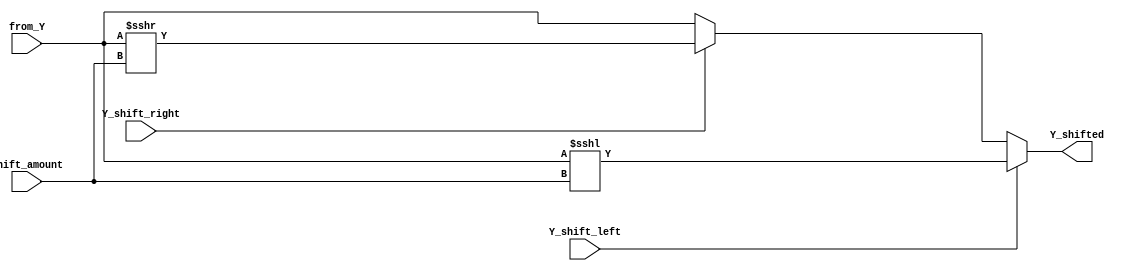
// need input and output to be signed for arithmetic right bit shift to work

module shifter (
    input signed [15:0] from_Y,
    output reg signed [15:0] Y_shifted,
    input Y_shift_left,
    input Y_shift_right,
    input [1:0] shift_amount
);

// instantiation template
/*
shifter shifter_inst0 (
    .from_Y(),
    .Y_shifted(),
    .Y_shift_left(),
    .Y_shift_right(),
    .shift_amount()
);
*/

always @( * ) begin
    if (Y_shift_left) begin
        Y_shifted <= (from_Y <<< shift_amount);
    end else if (Y_shift_right) begin
        Y_shifted <= (from_Y >>> shift_amount);
    end else begin
        Y_shifted <= from_Y;
    end
end

endmodule